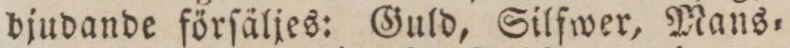
bjudande förſäljes: Guld, Silfwer, Mans=